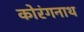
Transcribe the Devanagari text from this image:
कोरंगनाथ